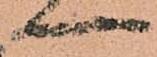
一